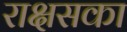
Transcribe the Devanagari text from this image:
राक्षसका